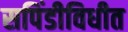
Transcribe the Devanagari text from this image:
सपिंडीविधीत